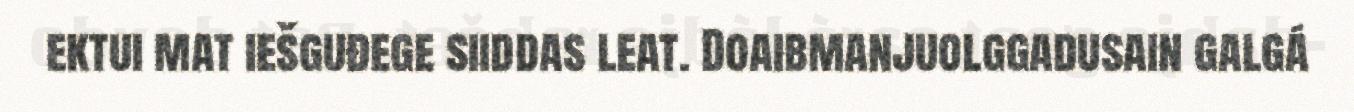
ektui mat iešguđege siiddas leat. Doaibmanjuolggadusain galgá